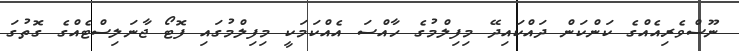
ނޫސްވެރިއެއްގެ ކަންކަން ދައްކައިދޭ މިފިލްމުގެ ހާއްސަ އެއްކަމަކީ މިފިލްމުގައި ފޮޓޯ ޖާނަލިސްޓެއްގެ ގޮތުގަ